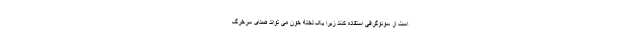
است از سونوگرافی استفاده کنند زیرا یک لخته خون می تواند صدای سرخرگ